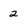
Character: 2